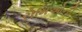
રોમિઓની